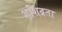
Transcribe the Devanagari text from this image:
शशिव्रता